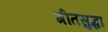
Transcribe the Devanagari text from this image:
गीतसुद्धा